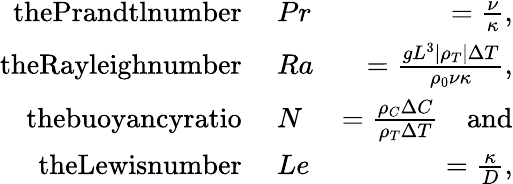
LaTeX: \begin{array}{rlr}{\textrm{thePrandtlnumber~}}&{Pr}&{=\frac{\nu}{\kappa},}\\ {\textrm{theRayleighnumber~}}&{Ra}&{=\frac{gL^{3}|\rho_{T}|\Delta T}{\rho_{0}\nu\kappa},}\\ {\textrm{thebuoyancyratio~}}&{N}&{=\frac{\rho_{C}\Delta C}{\rho_{T}\Delta T}\quad\textrm{and}}\\ {\textrm{theLewisnumber~}}&{Le}&{=\frac{\kappa}{D},}\end{array}